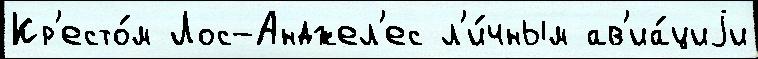
Кр'есто́м Лос-Анджел'ес л'и́чным ав'иа́циjи